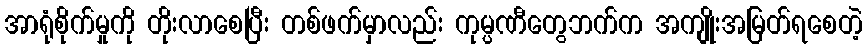
အာရုံစိုက်မှုကို တိုးလာစေပြီး တစ်ဖက်မှာလည်း ကုမ္ပဏီတွေဘက်က အကျိုးအမြတ်ရစေတဲ့